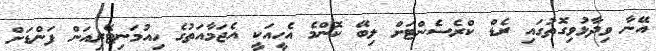
އޭނާ ވިދާޅުވިގޮތުގައި ރެޑް ކްރެސެންޓަށް ލިބޭ ކޮންމެ އެހީއަކީ އެޖަމާއަތުގެ ހިއުމަނިޓޭރިއަން ފަންޑަށް